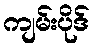
ကျမ်းပိုဒ်